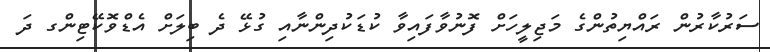
ސަރުކާރުން ރައްޔިތުންގެ މަޖިލީހަށް ފޮނުވާފައިވާ ކުޑަކުދިންނާއި ގުޅޭ ދެ ބިލަށް އެޑްވޮކޭޓިންގ ދަ